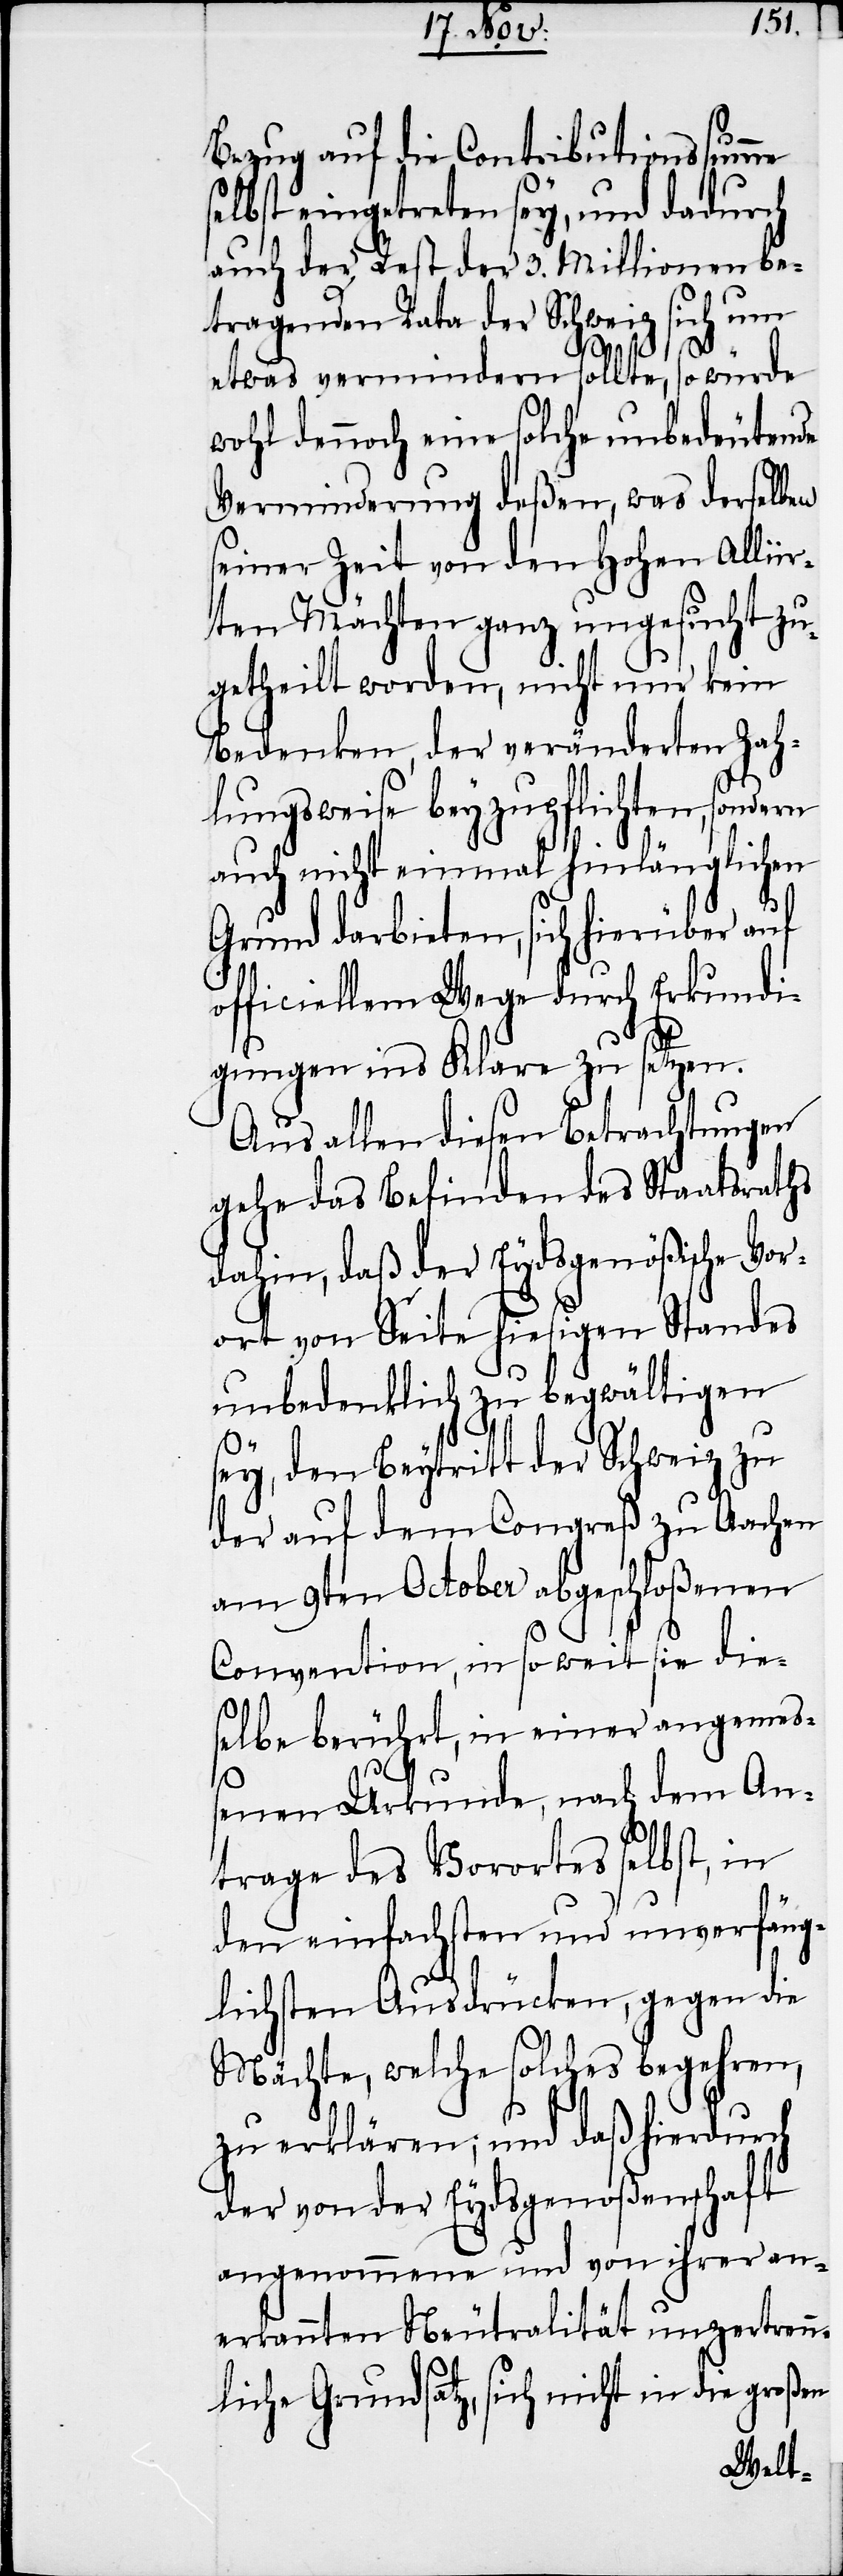
Bezug auf die Contributionssumme
selbst eingetreten sey, und dadurch
auch der Rest der 3. Millionen be¬
tragenden Rata der Schweiz sich um
etwas vermindern sollte, so würde
wohl dennoch eine solche unbedeutende
Verminderung deßen, was derselben
seiner Zeit von den Hohen Allii¬
rten Mächten ganz ungesucht zu¬
getheilt worden, nicht nur kein
Bedenken, der veränderten Zah¬
lungsweise beyzupflichten, sondern
auch nicht einmal hinlänglichen
Grund darbieten, sich hierüber auf
officiellem Wege durch Erkundi¬
gungen ins Klare zu setzen.
Aus allen diesen Betrachtungen
gehe das Befinden des Staatsraths
dahin, daß der Eydsgenößische Vor¬
ort von Seite hiesigen Standes
unbedenklich zu begwältigen
sey, den Beytritt der Schweiz zu
der auf dem Congreß zu Aachen
am 9ten October abgeschloßenen
Convention, in so weit sie die¬
selbe berührt, in einer angemeß¬
enen Urkunde, nach dem An¬
trage des Vorortes selbst, in
den einfachsten und unverfäng¬
lichsten Ausdrücken, gegen die
Mächte, welche solches begehren,
zu erklären; und daß hierdurch
der von der Eydsgenoßenschaft
angenommene und von ihrer an¬
erkannten Neutralität unzertrenn¬
liche Grundsatz, sich nicht in die großen